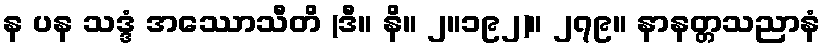
န ပန သဒ္ဒံ အဿောသီတိ (ဒီ။ နိ။ ၂။၁၉၂)။ ၂၇၉။ နာနတ္တသညာနံ